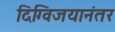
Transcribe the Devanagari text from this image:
दिग्विजयानंतर